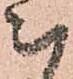
被